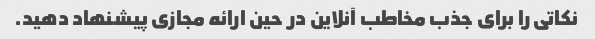
نکاتی را برای جذب مخاطب آنلاین در حین ارائه مجازی پیشنهاد دهید.